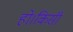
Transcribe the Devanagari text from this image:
हो।किसी